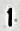
1